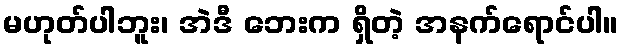
မဟုတ်ပါဘူး၊ အဲဒီ ဘေးက ရှိတဲ့ အနက်ရောင်ပါ။